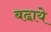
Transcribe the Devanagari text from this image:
बढा़ये